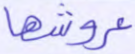
عروشها